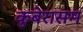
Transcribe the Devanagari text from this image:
कुबेरासम